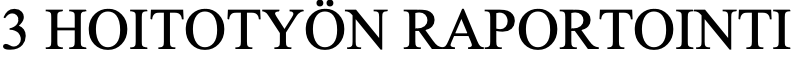
3 HOITOTYÖN  RAPORTOINTI